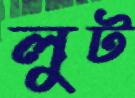
লুট